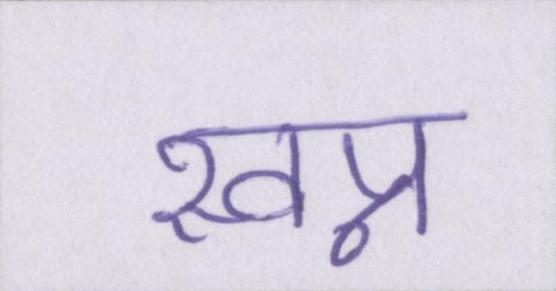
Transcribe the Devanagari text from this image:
स्वप्न